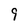
Character: 9